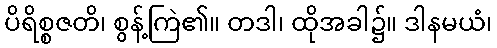
ပိရိစ္စဇတိ၊ စွန့်ကြဲ၏။ တဒါ၊ ထိုအခါ၌။ ဒါနမယံ၊